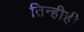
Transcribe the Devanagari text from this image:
तिन्हीही